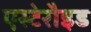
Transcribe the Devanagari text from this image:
एस्टेरौइड